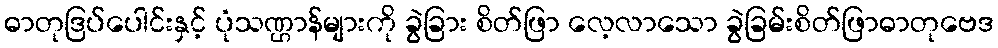
ဓာတုဒြပ်ပေါင်းနှင့် ပုံသဏ္ဌာန်များကို ခွဲခြား စိတ်ဖြာ လေ့လာသော ခွဲခြမ်းစိတ်ဖြာဓာတုဗေဒ